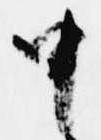
申